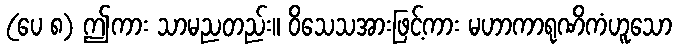
(ပေ ၈) ဤကား သာမညတည်း။ ဝိသေသအားဖြင့်ကား မဟာကာရုဏိကံဟူသော